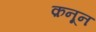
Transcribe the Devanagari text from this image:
क़नून